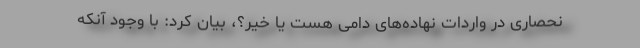
نحصاری در واردات نهاده‌های دامی هست یا خیر؟، بیان کرد: با وجود آنکه